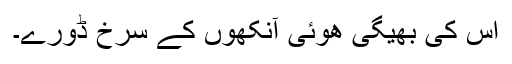
اس کی بھیگی ھوئی آنکھوں کے سرخ ڈورے۔